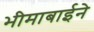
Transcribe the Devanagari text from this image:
भीमाबाईने